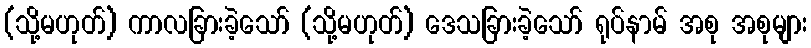
(သို့မဟုတ်) ကာလခြားခဲ့သော် (သို့မဟုတ်) ဒေသခြားခဲ့သော် ရုပ်နာမ် အစု အစုများ